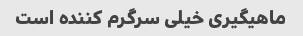
ماهیگیری خیلی سرگرم کننده است